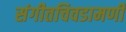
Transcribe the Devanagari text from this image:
संगीतचिवडामणी